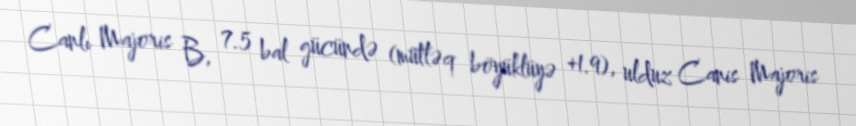
Canlı Majoris B, 7.5 bal gücündə (mütləq böyüklüyə +1.9), ulduz Canis Majoris